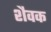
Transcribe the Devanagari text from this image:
शैवक